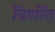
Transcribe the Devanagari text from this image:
विर्णीत